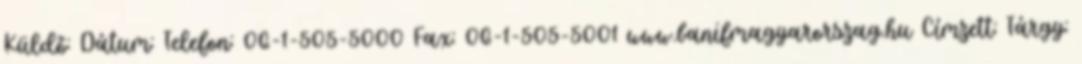
Küldő: Dátum: Telefon: 06-1-505-5000 Fax: 06-1-505-5001 www.banifmagyarorszag.hu Címzett: Tárgy: